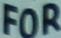
FOR